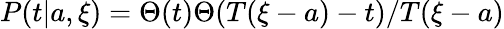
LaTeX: P(t|{a},\xi)=\Theta(t)\Theta(T(\xi-a)-t)/T(\xi-a)